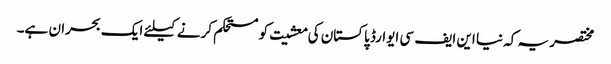
مختصر یہ کہ نیا این ایف سی ایوارڈ پاکستان کی معشیت کو مستحکم کرنے کیلئے ایک بحران ہے۔